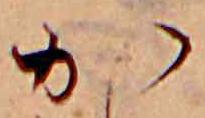
か